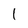
Character: 1